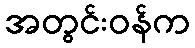
အတွင်းဝန်က